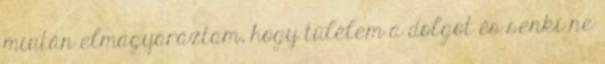
miután elmagyaráztam, hogy túlélem a dolgot és senki ne